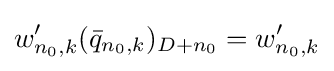
w'_{n_{0},k}({\bar {q}}_{n_{0},k})_{D+n_{0}}=w'_{n_{0},k}